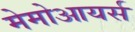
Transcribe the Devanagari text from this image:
मेमोआयर्स